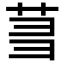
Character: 𬜮